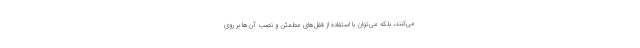
می‌کنند، بلکه می‌توان با استفاده از قفل‌های مطمئن و نصب آن‌ها بر روی